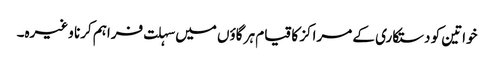
خواتین کو دستکاری کے مراکز کا قیام ہر گاؤں میں سہلت فراہم کرنا وغیرہ۔